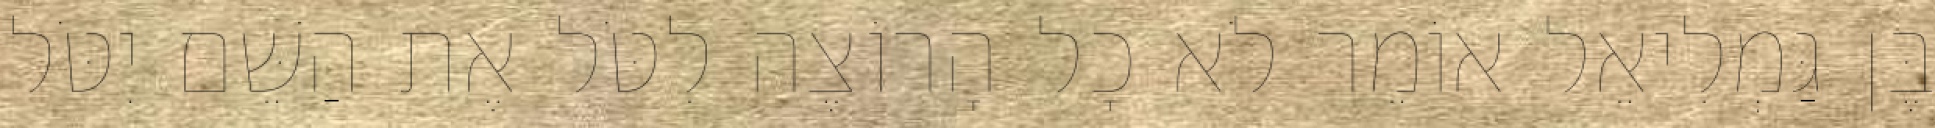
בֶּן גַּמְלִיאֵל אוֹמֵר לֹא כָל הָרוֹצֶה לִטֹּל אֶת הַשֵּׁם יִטֹּל